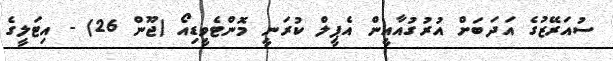
ސުއަރޭޒުގެ އަދަބަށް އުރުގުއާއީން އެޕީލް ކުރަނީ މޮންޓެވީޑިއޯ (ޖޫން 26) - އިޓަލީގެ